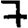
Digit: 7